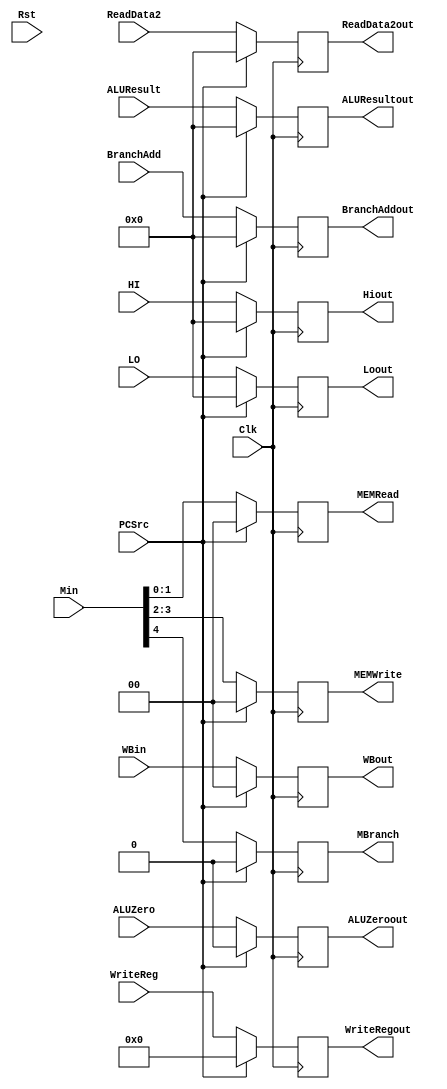
`timescale 1ns / 1ps
//////////////////////////////////////////////////////////////////////////////////
// Company: 
// Engineer: 
// 
// Design Name: 
// Module Name: EX_MEM_REG
// Project Name: 
// Target Devices: 
// Tool Versions: 
// Description: 
// 
// Dependencies: 
// 
// Revision:
// Revision 0.01 - File Created
// Additional Comments:
// 
//////////////////////////////////////////////////////////////////////////////////


module EX_MEM_REG(Rst, Clk,PCSrc, WBin, Min, BranchAdd, ALUResult, ALUZero, WriteReg, ReadData2, WBout, MBranch, MEMWrite, MEMRead, BranchAddout, ALUResultout, ALUZeroout, WriteRegout, ReadData2out, LO, HI, Loout, Hiout);
  input [1:0] WBin;
  input [4:0] Min;
  input [31:0] BranchAdd, ALUResult, LO, HI;
  input ALUZero, Rst, Clk, PCSrc;
  input [4:0] WriteReg;
  input [31:0] ReadData2;
  
  output reg [1:0] WBout,  MEMWrite, MEMRead;
  output reg MBranch;
  output reg [31:0] BranchAddout, ALUResultout, Loout, Hiout;
  output reg ALUZeroout;
  output reg [4:0] WriteRegout;
  output reg [31:0] ReadData2out;
  
  always @(posedge Clk) begin
  if(PCSrc == 1) begin
      WBout <= 0;
      MBranch <= 0;
      MEMWrite <= 0;
      MEMRead <= 0;
      BranchAddout <= 0;
      ALUResultout <= 0;
      ALUZeroout <= 0;
      WriteRegout <= 0;
      ReadData2out <= 0;
      Loout <= 0;
      Hiout <= 0;
  end
  else begin
    WBout <= WBin;
    MBranch <= Min[4];
    MEMWrite <= Min[3:2];
    MEMRead <= Min[1:0];
    BranchAddout <= BranchAdd;
    ALUResultout <= ALUResult;
    ALUZeroout <= ALUZero;
    WriteRegout <= WriteReg;
    ReadData2out <= ReadData2;
    Loout <= LO;
    Hiout <= HI;
    end
  end


endmodule